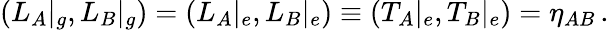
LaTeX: (L_{A}|_{g},L_{B}|_{g})=(L_{A}|_{e},L_{B}|_{e})\equiv(T_{A}|_{e},T_{B}|_{e})=\eta_{AB}\, .